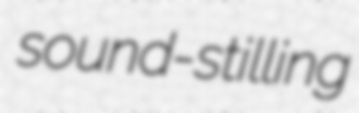
sound-stilling